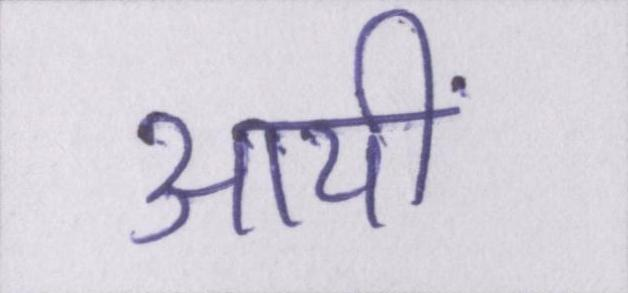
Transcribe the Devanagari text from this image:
आयीं